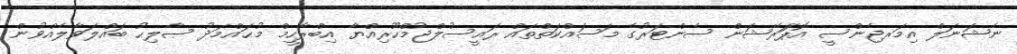
ނެޝަނަލް އިމަރޖެންސީ އޮޕަަރޭޝަން ސެންޓަރުގެ މަސައްކަތްތައް ރައީސުލްޖުމްހޫރިއްޔާ އިބްރާހީމް މުޙައްމަދު ޞާލިޙު ބައްލަވާލެއްވުން